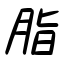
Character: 脂